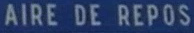
AIRE DE REPOS